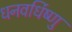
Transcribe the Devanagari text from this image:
धनवर्धिष्णु